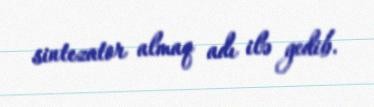
sintezator almaq adı ilə gedib.